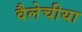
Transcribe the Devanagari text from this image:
वैलेचीया